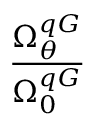
\frac { \Omega _ { \theta } ^ { q G } } { \Omega _ { 0 } ^ { q G } }